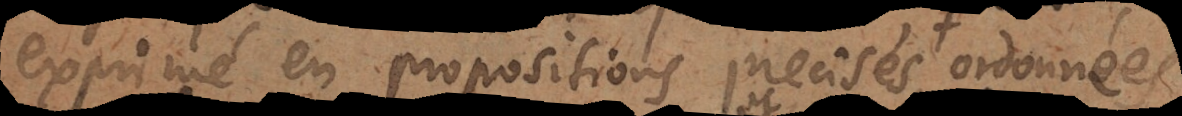
exprimé en propositions precises,